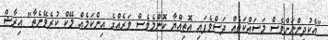
"އެކުދިންނަށްވެސް މަަސައްކަތެއް ދަސްވެފައި އޮތިއްޔާ ކޮންމެވެސް ވަރެއްގެ އިންކަމެއް މޭކް ކުރެވޭނެތާ" އިރާޝް